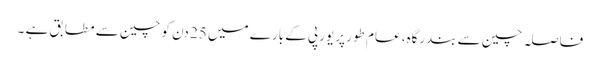
فاصلہ چین سے بندرگاہ، عام طور پر یورپی کے بارے میں 25 دن کو چین سے مطابق ہے ۔